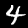
Digit: 4